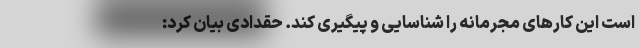
است این کارهای مجرمانه را شناسایی و پیگیری کند. حقدادی بیان کرد: